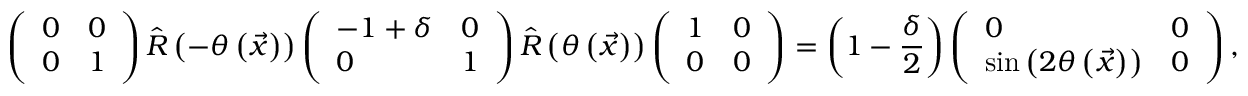
\left( \begin{array} { l l } { 0 } & { 0 } \\ { 0 } & { 1 } \end{array} \right) \hat { R } \left( - \theta \left( \vec { x } \right) \right) \left( \begin{array} { l l } { - 1 + \delta } & { 0 } \\ { 0 } & { 1 } \end{array} \right) \hat { R } \left( \theta \left( \vec { x } \right) \right) \left( \begin{array} { l l } { 1 } & { 0 } \\ { 0 } & { 0 } \end{array} \right) = \left( 1 - \frac { \delta } { 2 } \right) \left( \begin{array} { l l } { 0 } & { 0 } \\ { \sin { \left( 2 \theta \left( \vec { x } \right) \right) } } & { 0 } \end{array} \right) ,